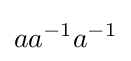
aa^{-1}a^{-1}